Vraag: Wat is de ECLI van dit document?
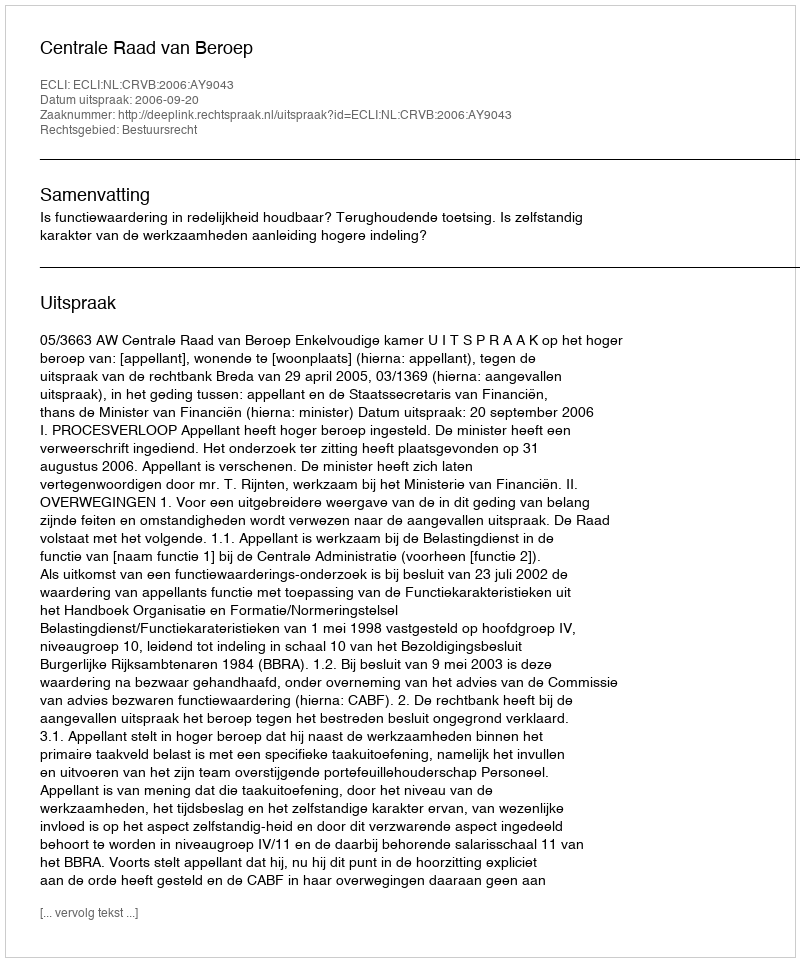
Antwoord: ECLI:NL:CRVB:2006:AY9043